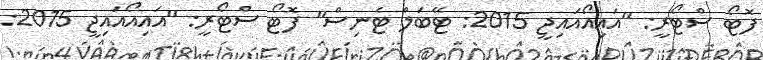
ފޮޓޯ ސްޓޯރީ: "އައިއޯއައިޖީ 2015: ޓޭބަލް ޓެނިސް" ފޮޓޯ ސްޓޯރީ: "އައިއޯއައިޖީ 2015: